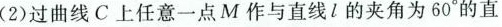
(2)过曲线C上任意一点M作与直线l的夹角为60°的直